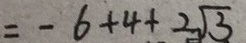
= - 6 + 4 + 2 \sqrt { 3 }